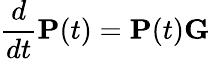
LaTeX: \frac{d}{dt}\mathbf{P}(t)=\mathbf{P}(t)\mathbf{G}